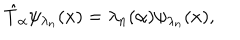
LaTeX: \hat { T } _ { \alpha } \psi _ { \lambda _ { n } } ( x ) = \lambda _ { n } ( \alpha ) \psi _ { \lambda _ { n } } ( x ) ,